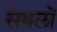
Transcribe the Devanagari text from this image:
सथलों